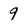
Character: 9